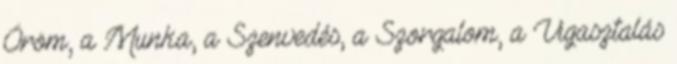
Öröm, a Munka, a Szenvedés, a Szorgalom, a Vigasztalás